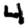
Digit: 4